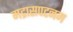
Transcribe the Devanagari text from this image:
मद्रासपटनम